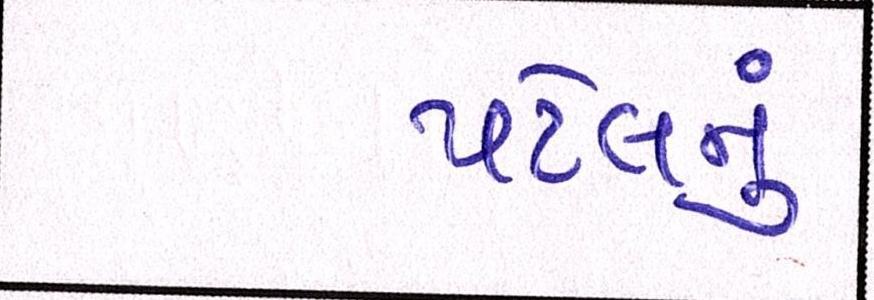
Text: પટેલનું